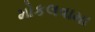
મોકલવામા